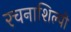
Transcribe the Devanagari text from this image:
रचनाशिल्पी